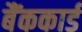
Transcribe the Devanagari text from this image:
बैंककार्ड